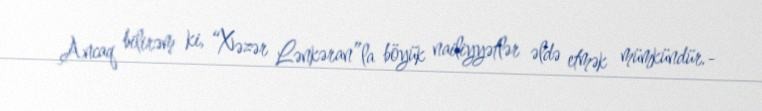
Ancaq bilirəm ki, “Xəzər Lənkəran”la böyük nailiyyətlər əldə etmək mümkündür.-